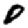
Digit: 0